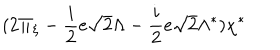
( 2 \Pi _ { \xi } - \frac { i } { 2 } e \sqrt { 2 } \Lambda - \frac { i } { 2 } e \sqrt { 2 } \Lambda ^ { * } ) \chi ^ { * }